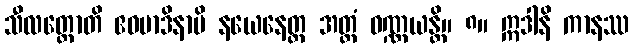
သီလတ္ထောတိ ဧဝမာဒိနာပိ နယေနေတ္ထ အတ္ထံ ဝဏ္ဏယန္တိ။ ၈။ ဣဒါနိ ကာနဿ